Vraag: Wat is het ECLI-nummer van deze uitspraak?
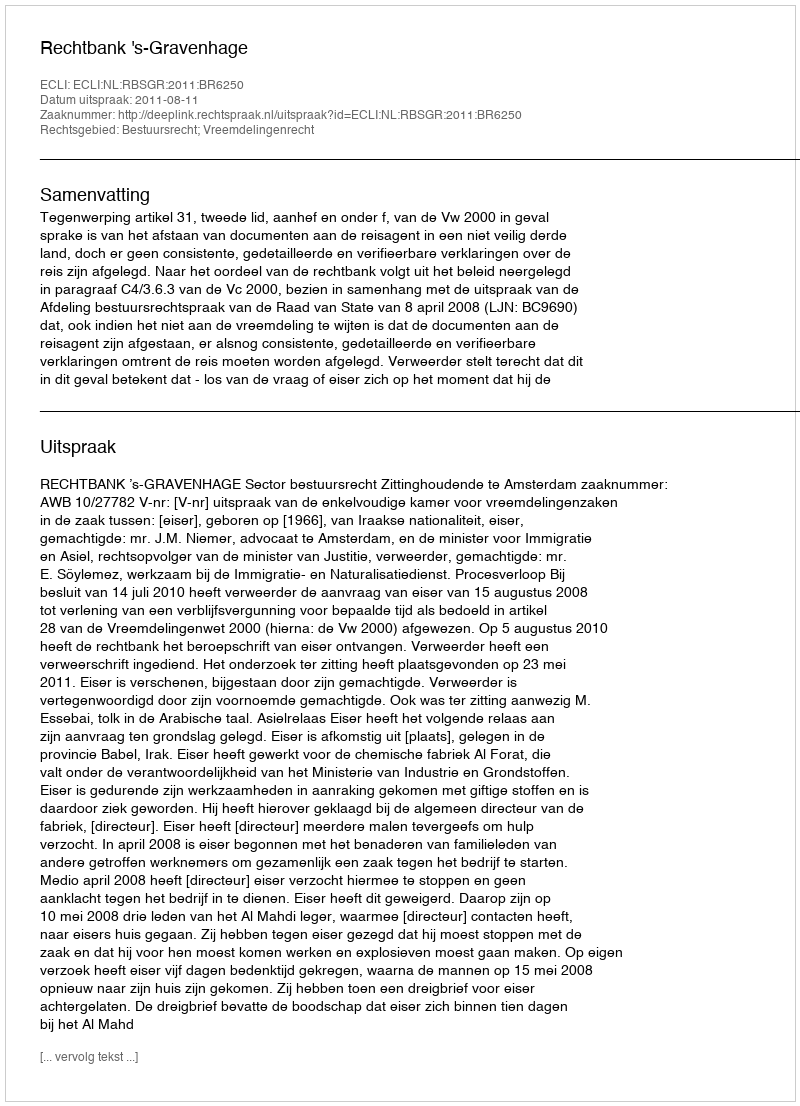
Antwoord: ECLI:NL:RBSGR:2011:BR6250